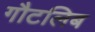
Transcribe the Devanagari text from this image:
गौटलिब